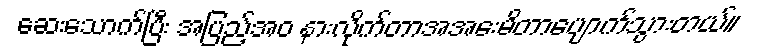
ဆေးသောက်ပြီး အပြည့်အဝ နားလိုက်တာအအေးမိတာပျောက်သွားတယ်။